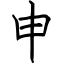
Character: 申